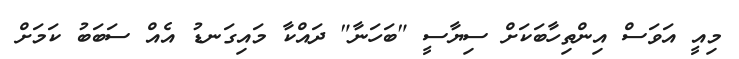
މިއީ އަވަސް އިންތިހާބަކަށް ސިޔާސީ "ބަހަނާ" ދައްކާ މައިގަނޑު އެއް ސަބަބު ކަމަށް